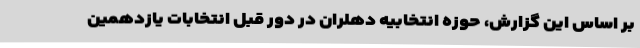
بر اساس این گزارش، حوزه انتخابیه دهلران در دور قبل انتخابات یازدهمین